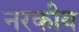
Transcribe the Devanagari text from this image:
नरकीय